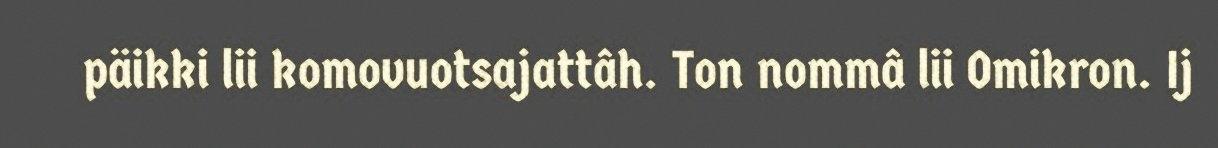
päikki lii komovuotsajattâh. Ton nommâ lii Omikron. Ij